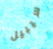
سيبيل